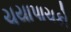
ચયાપાચકો